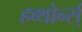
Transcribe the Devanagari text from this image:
हव्थोर्न्स्